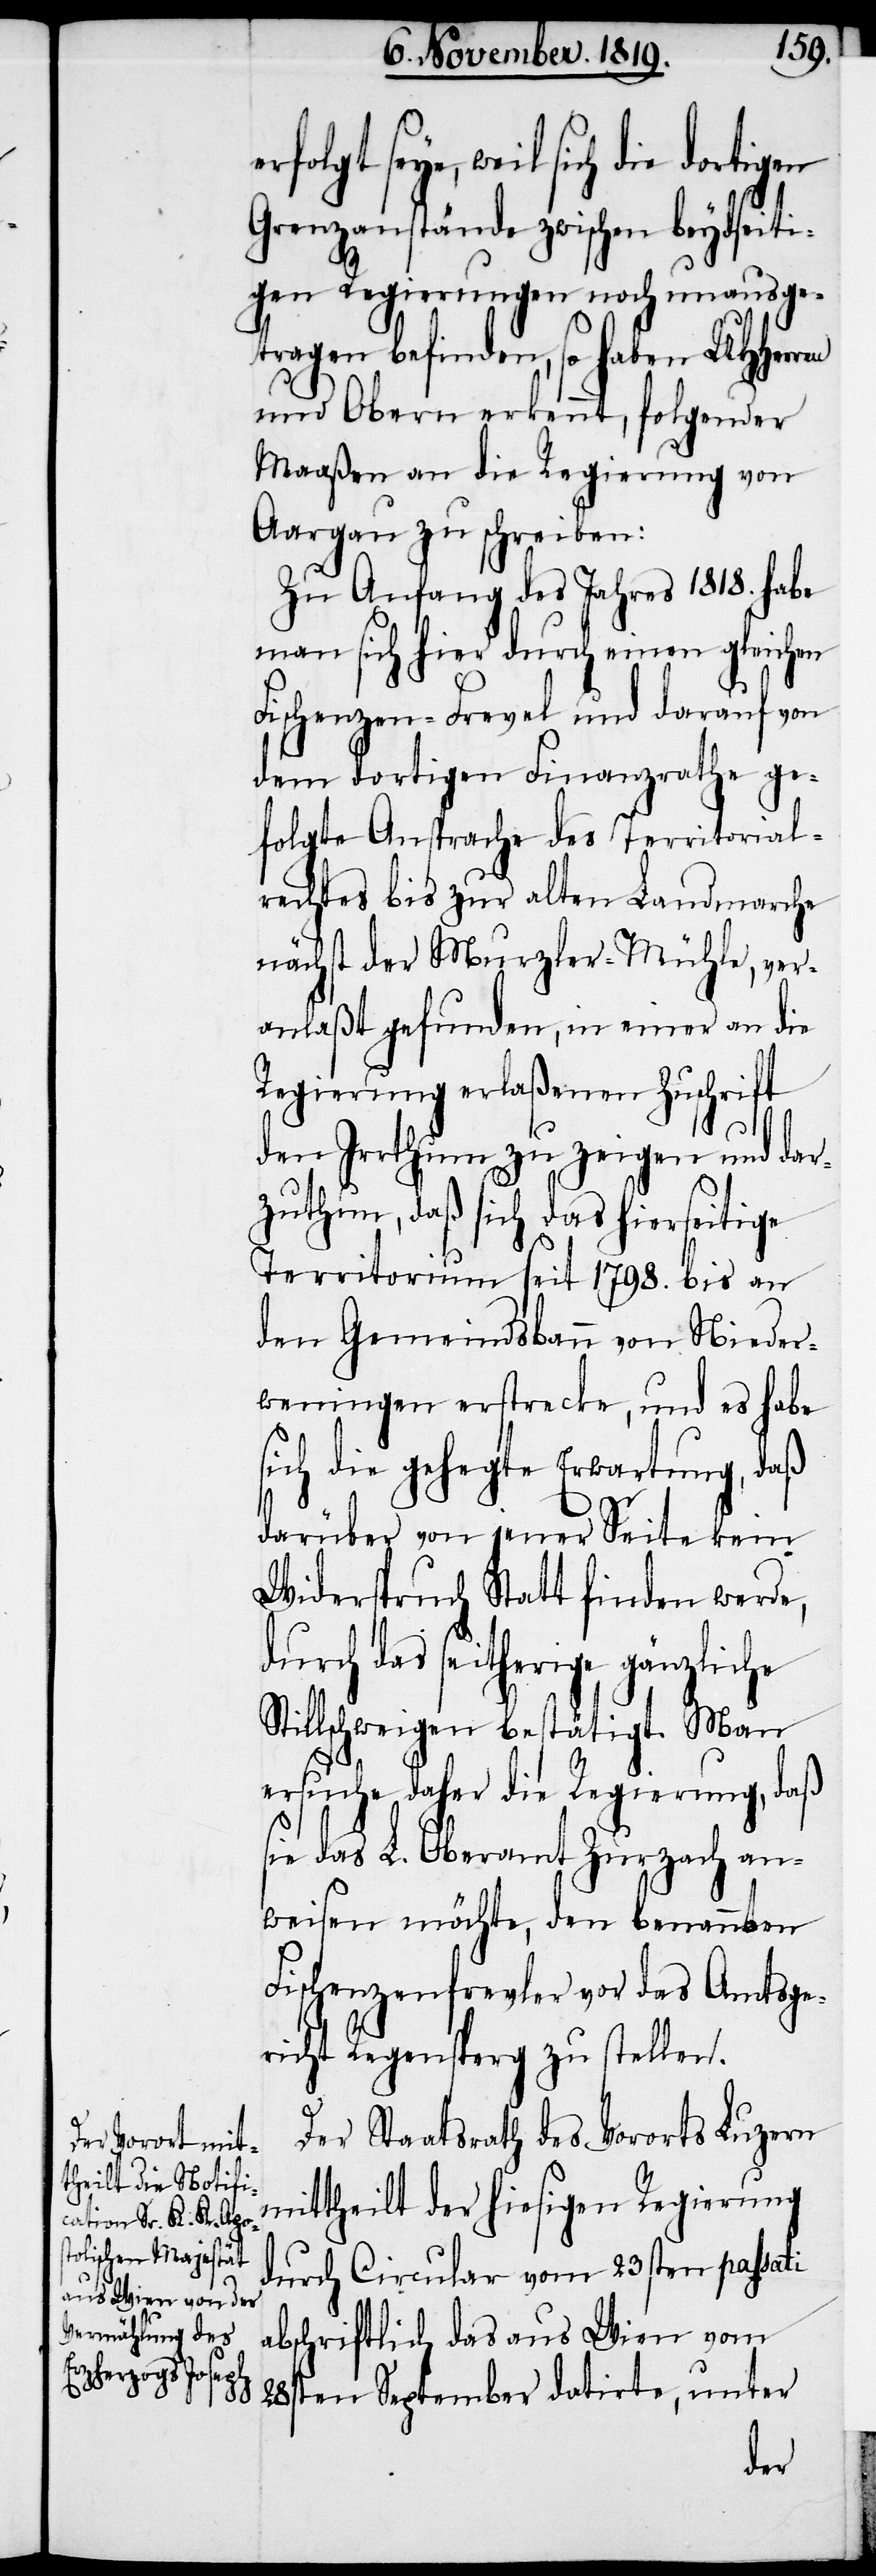
erfolgt seye,

weil sich die dortigen
Grenzanstände zwischen beydseiti¬
gen Regierungen noch unausge¬
tragen befinden, so haben UHHerren
und Obern erkennt, folgender
Maaßen an die Regierung von
Aargau zu schreiben:
Zu Anfang des Jahres 1818. habe
man sich hier durch einen gleichen
Fischenzen-Frevel und darauf von
dem dortigen Finanzrathe ge¬
folgte Ansprache des Territorial¬
rechtes bis zur alten Landmarche
nächst der Murzler-Mühle, ver¬
anlaßt gefunden, in einer an die
Regierung erlaßenen Zuschrift
den Irrthum zu zeigen und dar¬
zuthun, daß sich das hierseitige
Territorium seit 1798. bis an
den Gemeindsbann von Nieder¬
weningen erstrecke, und es habe
sich die gehegte Erwartung, daß
darüber von jener Seite kein
Widerspruch Statt finden werde,
durch das seitherige gänzliche
Stillschweigen bestätigt. Man
ersuche daher die Regierung, daß
das L. Oberamt Zurzach an¬
weisen möchte, den benannten
Fischenzenfrevler vor das Amtsge¬
richt Regensperg zu stellen.
Der Staatsrath des Vororts Luzern
ittheilt der hiesigen Regierung
durch Circular vom 23sten passati
abschriftlich das aus Wien vom
28sten September datirte, unter
m¬